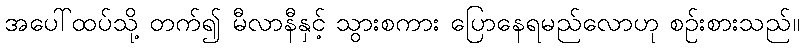
အပေါ်ထပ်သို့ တက်၍ မီလာနီနှင့် သွားစကား ပြောနေရမည်လောဟု စဉ်းစားသည်။